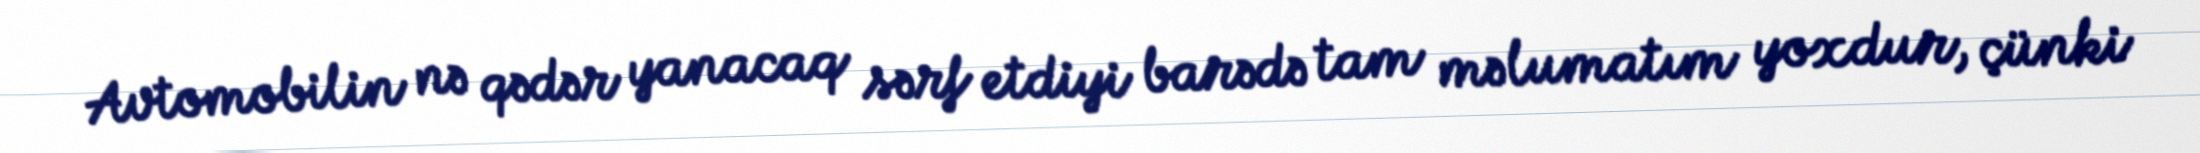
Avtomobilin nə qədər yanacaq sərf etdiyi barədə tam məlumatım yoxdur, çünki